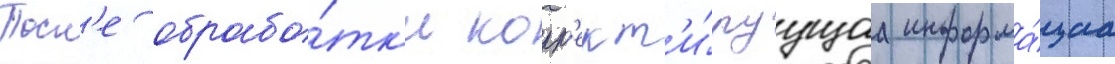
Посл'е обрабо́тк'и корр'ект'и́руущаа информа́циа